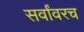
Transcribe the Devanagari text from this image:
सर्वांवरच